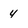
Character: 4